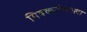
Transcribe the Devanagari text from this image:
मित्रकर्तव्याला